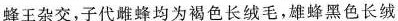
蜂王杂交，子代雌蜂均为褐色长绒毛，雄蜂黑色长绒